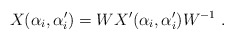
\begin{align*}X(\alpha_i,\alpha_i')=WX'(\alpha_i,\alpha_i')W^{-1}~.\end{align*}